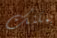
يمكنك